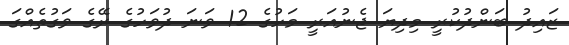
ޒައިދު ބަންދުކުރީ މިދިޔަ ޖެނުއަރީ މަހުގެ 12 ވަނަ ދުވަހުގެ ރޭގެ ވަގުތެއްގަ